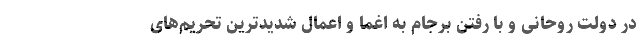
در دولت روحانی و با رفتن برجام به اغما و اعمال شدیدترین تحریم‌های